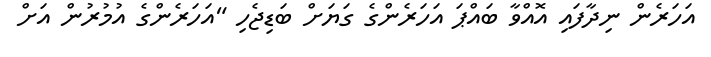
އަހަރެން ނިދާފައި އޮއްވާ ބައްޕަ އަހަރެންގެ ގަޔަށް ބަޑިޖެހި "އަހަރެންގެ އުމުރުން އަށް